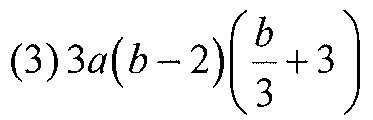
$(3)3a(b - 2)\left(\frac{b}{3}+3\right)$